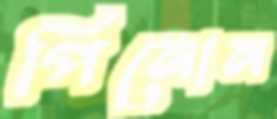
পিনোন